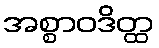
အစ္စာဝဒိတ္ထ